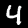
Digit: 4